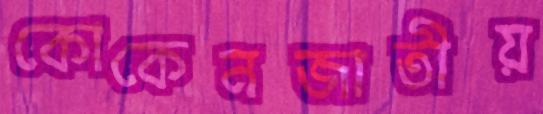
কোকেনজাতীয়